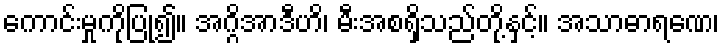
ကောင်းမှုကိုပြု၍။ အဂ္ဂိအာဒီဟိ၊ မီးအစရှိသည်တို့နှင့်။ အသာဓာရဏေ၊